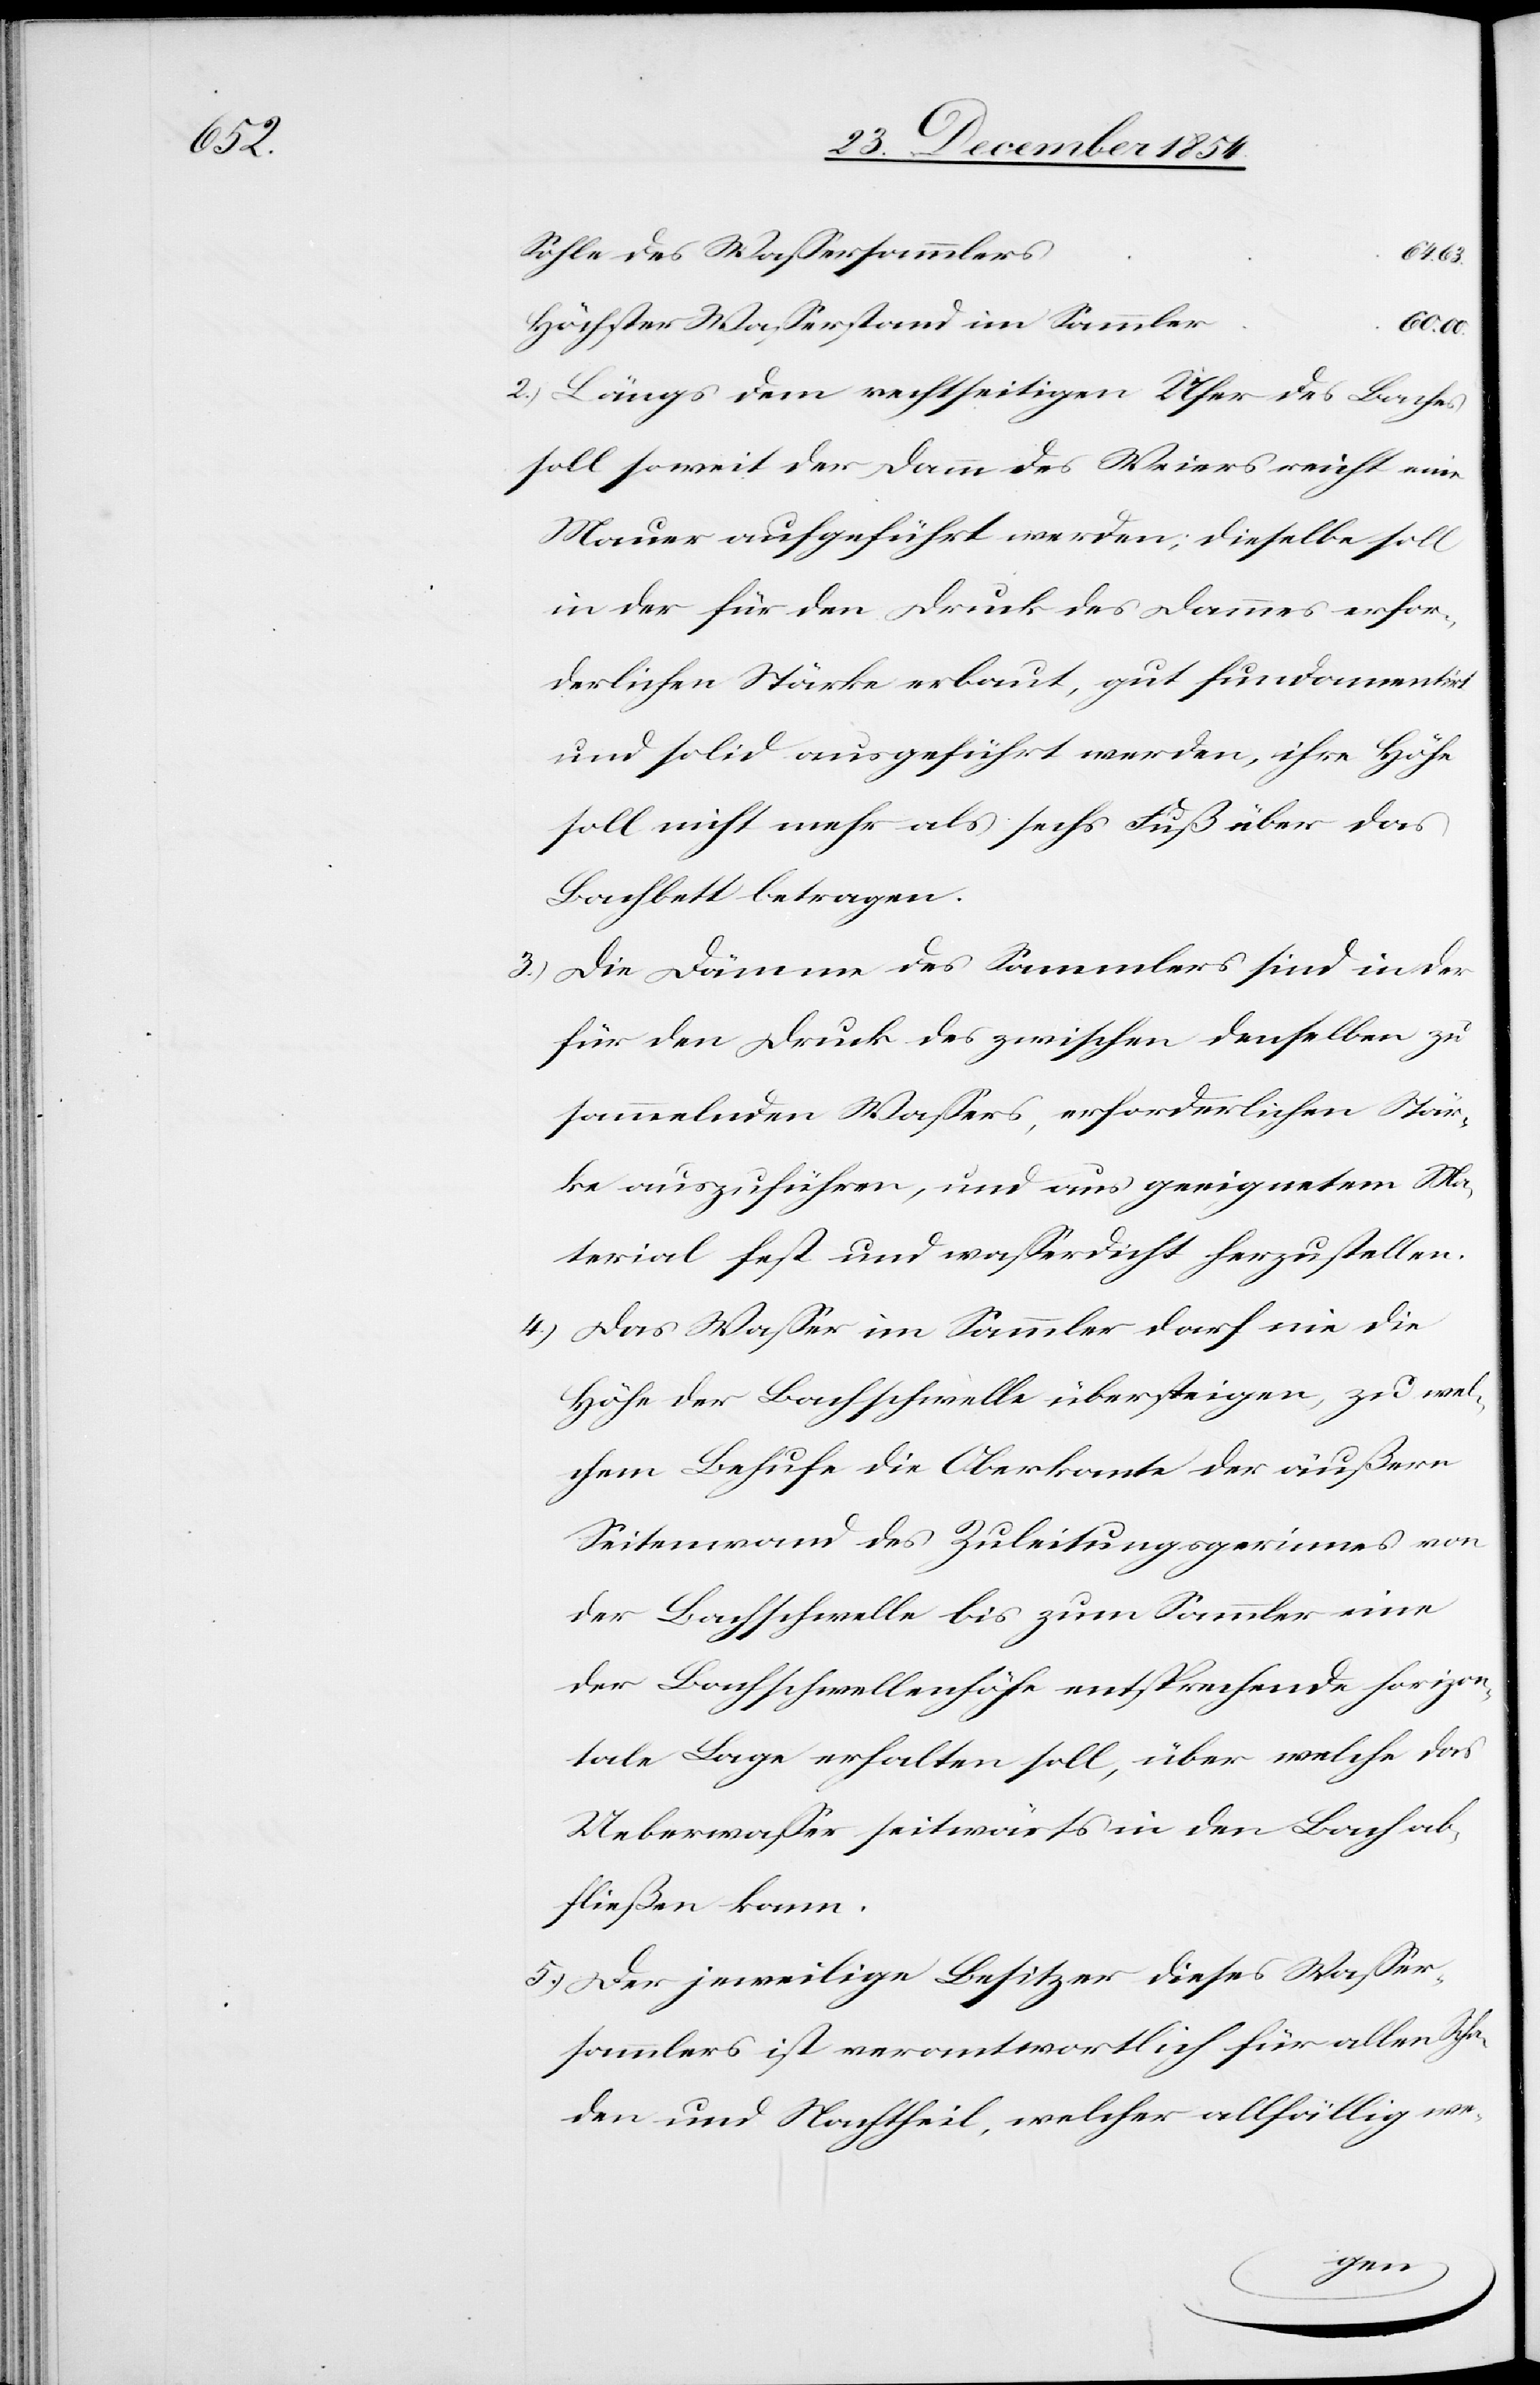
Sohle des Waßersammlers
64. 63.
Höchster Waßerstand im Sammler
2.) Längs dem rechtseitigen Ufer des Baches
soll soweit der Damm des Weiers reicht eine
Mauer aufgeführt werden; dieselbe soll
in der für den Druck des Dammes erfor¬
derlichen Stärke erbaut, gut fundamentirt
und solid ausgeführt werden, ihre Höhe
soll nicht mehr als sechs Fuß über das
Bachbett betragen.
3.) Die Dämme des Sammlers sind in der
für den Druck des zwischen denselben zu
sammelnden Waßers, erforderlichen Stär¬
ke auszuführen, und aus geeignetem Ma¬
terial fest und waßerdicht herzustellen.
4.) Das Waßer im Sammler darf nie die
Höhe der Bachschwelle übersteigen, zu wel¬
chem Behufe die Oberkante der äußern
Seitenwand des Zuleitungsgerinnes von
der Bachschwelle bis zum Sammler eine
der Bachschwellenhöhe entsprechende horizon¬
tale Lage erhalten soll, über welche das
Ueberwaßer seitwärts in den Bach ab¬
fließen kann.
5.) Der jeweilige Besitzer dieses Waßer¬
sammlers ist verantwortlich für allen Scha¬
den und Nachtheil, welcher allfällig we-
00.